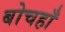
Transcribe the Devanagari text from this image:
बोचहाँ